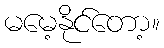
မမေ့နိုင်တော့။